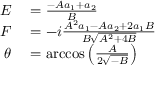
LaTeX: \begin{array} { r l } { E } & { { } = { \frac { - A a _ { 1 } + a _ { 2 } } { B } } } \\ { F } & { { } = - i { \frac { A ^ { 2 } a _ { 1 } - A a _ { 2 } + 2 a _ { 1 } B } { B { \sqrt { A ^ { 2 } + 4 B } } } } } \\ { \theta } & { { } = \operatorname { a r c c o s } \left( { \frac { A } { 2 { \sqrt { - B } } } } \right) } \end{array}